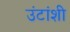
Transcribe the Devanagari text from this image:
उंटांशी